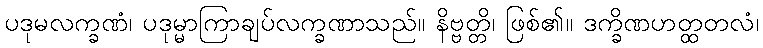
ပဒုမလက္ခဏံ၊ ပဒုမ္မာကြာချပ်လက္ခဏာသည်။ နိဗ္ဗတ္တိ၊ ဖြစ်၏။ ဒက္ခိဏဟတ္ထတလံ၊